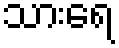
သားရေ